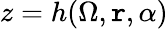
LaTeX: z=h(\Omega,\mathtt{r},\alpha)